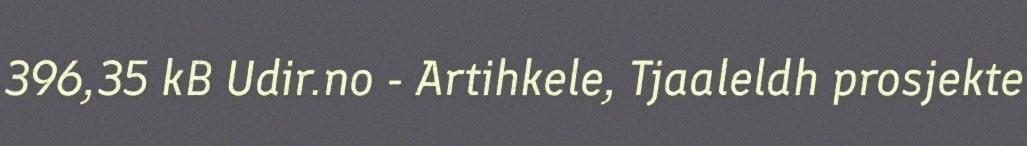
396,35 kB Udir.no - Artihkele, Tjaaleldh prosjekte